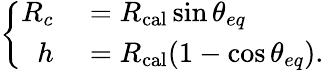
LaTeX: \left\{ \begin{array}{rl}{R_{c}}&{{}=R_{\mathrm{cal}}\sin\theta_{eq}}\\ {h}&{{}=R_{\mathrm{cal}}(1-\cos\theta_{eq}).}\end{array}\right.